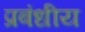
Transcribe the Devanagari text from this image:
प्रबंधीय